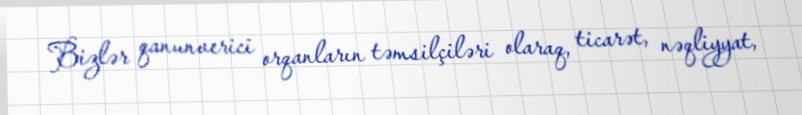
Bizlər qanunverici orqanların təmsilçiləri olaraq, ticarət, nəqliyyat,